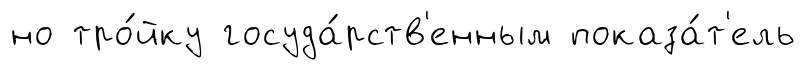
но тро́йку госуда́рств'енным показа́т'ель